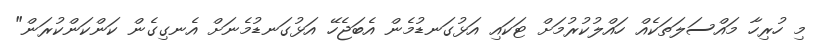
މި ހުރިހާ މައްސަލަތަކެއް ހައްލުކުރުމަށް ޓަކައި އަޅުގަނޑުމެން އެބަޖެހޭ އަޅުގަނޑުމެނަށް އެނގިގެން ކަންކަންކުރަން"